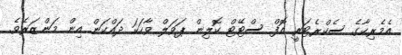
އެމެރިކާގެ ސެކްރެޓަރީ އޮފް ސްޓޭޓް ކޮލިން ޕަވަލް ވާހަކަ ދައްކަން އިން މަންޒަރެވެ.